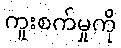
ကူးစက်မှုကို